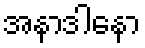
အနာဒါနော